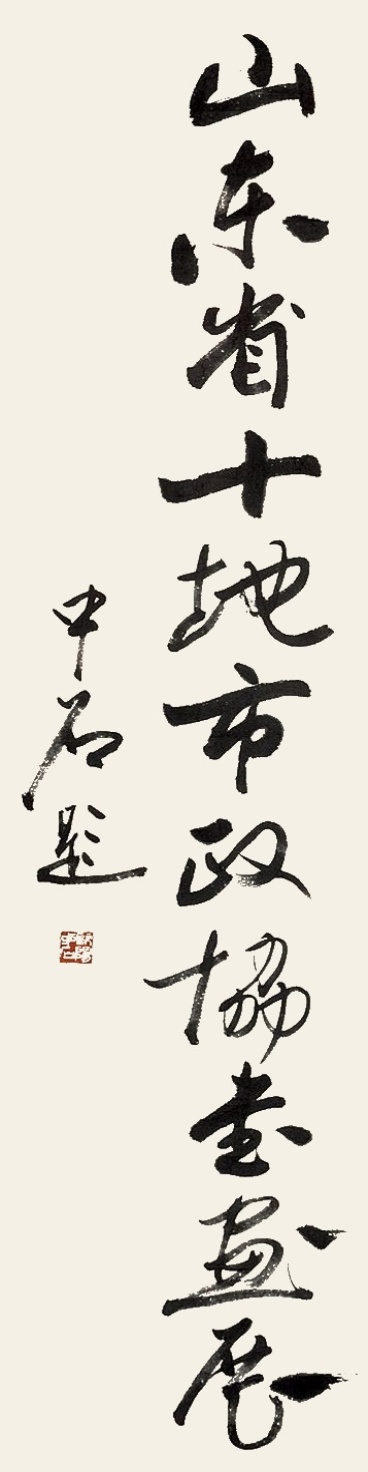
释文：山东省十地市政协书画展。中石题。